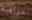
مراقبة